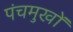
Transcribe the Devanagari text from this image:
पंचमुखों